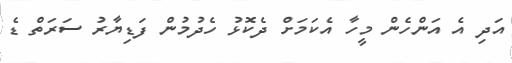
އަދި އެ އަންހެން މީހާ އެކަމަށް ދެކޮޅު ހެދުމުން ފަޑިޔާރު ސަރަތް ޑެ